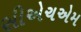
સીએચએમ